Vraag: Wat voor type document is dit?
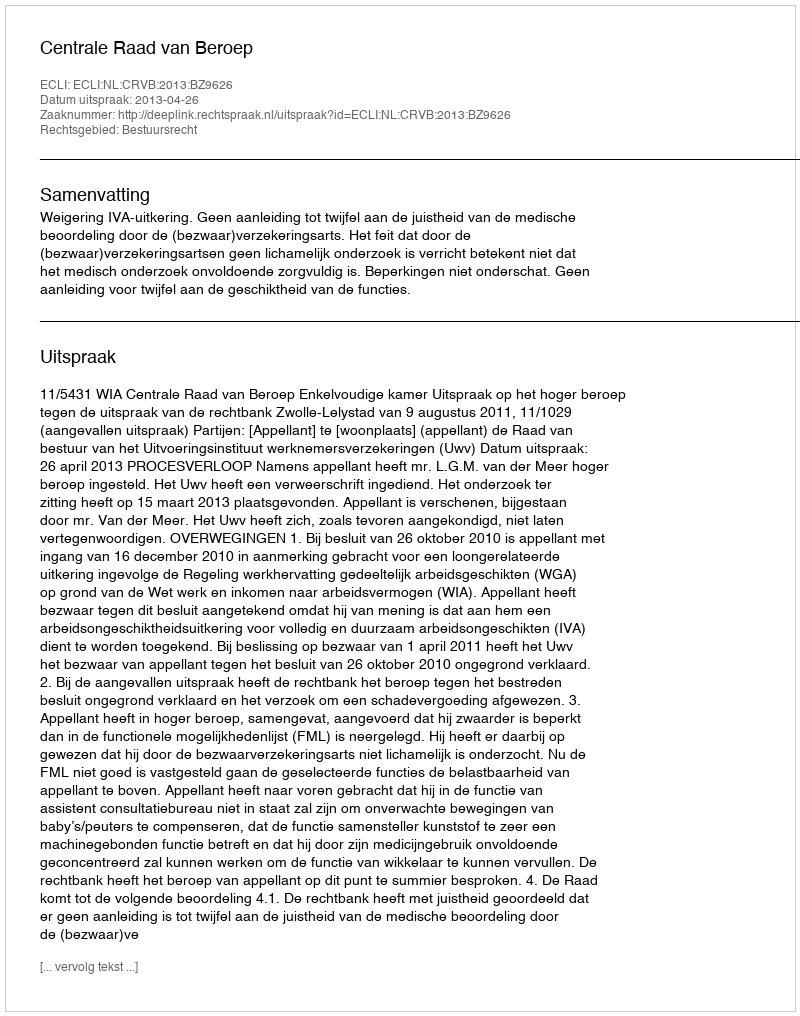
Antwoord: Uitspraak